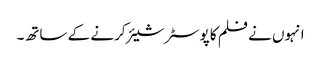
انہوں نے فلم کا پوسٹر شیئر کرنے کے ساتھ۔